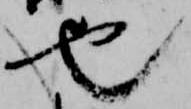
也